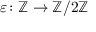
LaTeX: \varepsilon \colon \mathbb { Z } \to \mathbb { Z } / 2 \mathbb { Z }